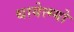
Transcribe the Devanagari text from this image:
थायेत्म्यो